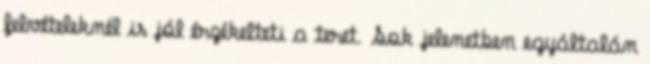
felvételeknél is jól érzékelteti a teret. Sok jelenetben egyáltalán